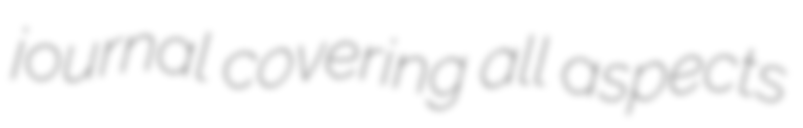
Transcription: journal covering all aspects